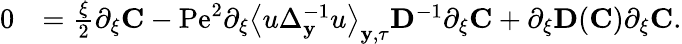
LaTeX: \begin{array}{rl}{0}&{=\frac{\xi}{2}\partial_{\xi}\mathbf{C}-\mathrm{Pe}^{2}\partial_{\xi}\left\langle u\Delta_{\mathbf{y}}^{-1}u\right\rangle_{\mathbf{y},\tau}\mathbf{D}^{-1}\partial_{\xi}\mathbf{C}+\partial_{\xi}\mathbf{D}(\mathbf{C})\partial_{\xi}\mathbf{C}.}\end{array}